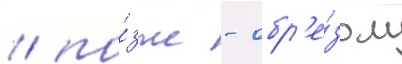
/ по́зже - обр'е́зом